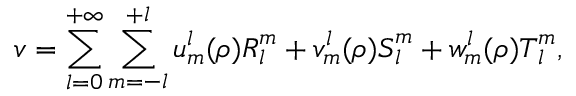
\boldsymbol { v } = \sum _ { l = 0 } ^ { + \infty } \sum _ { m = - l } ^ { + l } u _ { m } ^ { l } ( \rho ) \boldsymbol { R } _ { l } ^ { m } + v _ { m } ^ { l } ( \rho ) \boldsymbol { S } _ { l } ^ { m } + w _ { m } ^ { l } ( \rho ) \boldsymbol { T } _ { l } ^ { m } ,